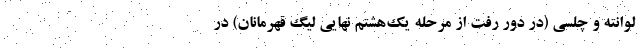
لوانته و چلسی (در دور رفت از مرحله یک‌هشتم نهایی لیگ قهرمانان) در